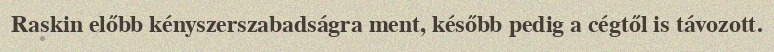
Raskin előbb kényszerszabadságra ment, később pedig a cégtől is távozott.